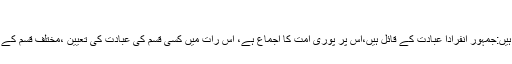
(فتاوی محمودیہ:3/265،ادارہ الفاروق کراچی)
حضرت مفتی رشید احمد لدھیانوی رحمہ اللہ فرماتے ہیں:جمہور انفراداً عبادت کے قائل ہیں،اس پر پوری امت کا اجماع ہے، اس رات میں کسی قسم کی عبادت کی تعیین ،مختلف قسم کے تقییدات و اجتماعات وغیرہ سب خرافات و بدعات ہیں۔